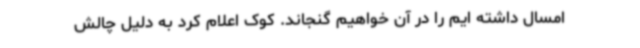
امسال داشته ایم را در آن خواهیم گنجاند. کوک اعلام کرد به دلیل چالش